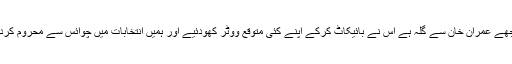
مجھے عمران خان سے گلہ ہے اس نے بائیکاٹ کرکے اپنے کئی متوقع ووٹر کھودئیے اور ہمیں انتخابات میں چوائس سے محروم کردیا۔